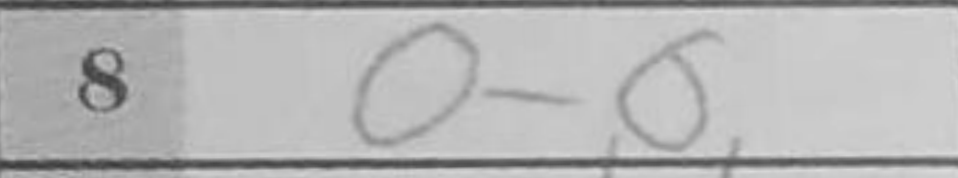
Transcription: O-O